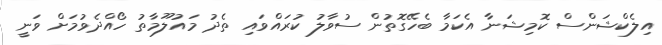
އިލެކްޝަންސް ކޮމިޝަނާ އެކަމާ ބެހޭގޮތުން ސުވާލު ކުރައްވައި ތެދު މައުލޫމާތު ހޯއްދެވުމަށް ވަނީ